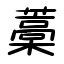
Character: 藁